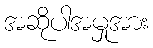
အဆိုပါအမှုအား